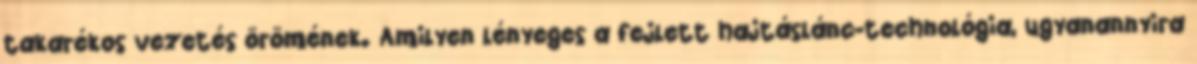
takarékos vezetés örömének. Amilyen lényeges a fejlett hajtáslánc-technológia, ugyanannyira